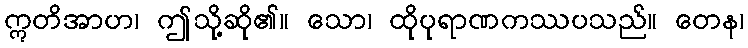
ဣတိအာဟ၊ ဤသို့ဆို၏။ သော၊ ထိုပုရာဏကဿပသည်။ တေန၊